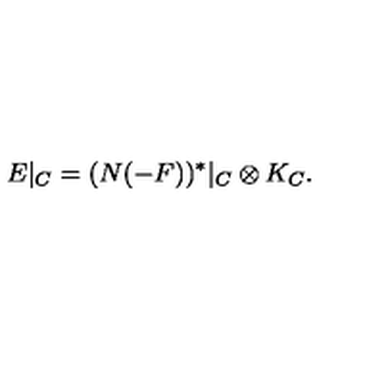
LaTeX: E | _ { C } = ( N ( - F ) ) ^ { * } | _ { C } \otimes K _ { C } .